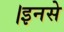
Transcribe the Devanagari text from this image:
।इनसे